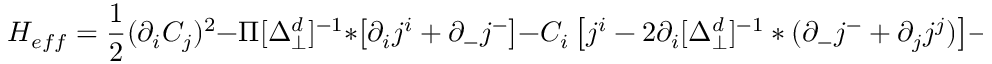
{ \cal H } _ { e f f } = \frac 1 2 ( \partial _ { i } C _ { j } ) ^ { 2 } - \Pi [ \Delta _ { \perp } ^ { d } ] ^ { - 1 } * \left[ \partial _ { i } j ^ { i } + \partial _ { - } j ^ { - } \right] - C _ { i } \left[ j ^ { i } - 2 \partial _ { i } [ \Delta _ { \perp } ^ { d } ] ^ { - 1 } * ( \partial _ { - } j ^ { - } + \partial _ { j } j ^ { j } ) \right] - C _ { - } j ^ { - } ,